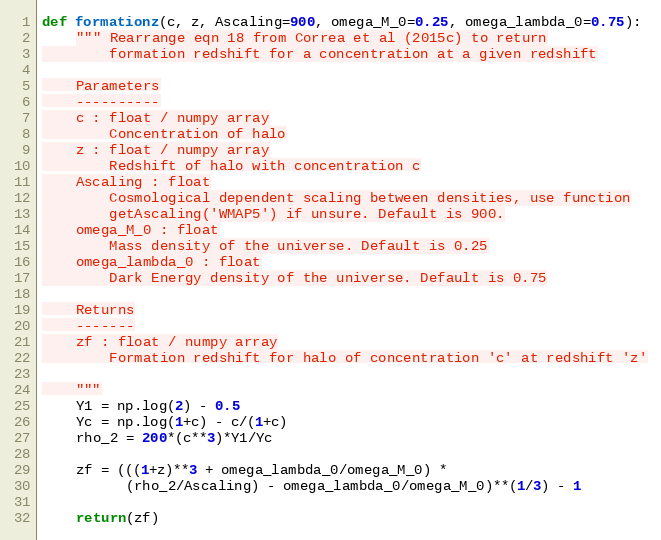
Language: Python
def formationz(c, z, Ascaling=900, omega_M_0=0.25, omega_lambda_0=0.75):
    """ Rearrange eqn 18 from Correa et al (2015c) to return
        formation redshift for a concentration at a given redshift

    Parameters
    ----------
    c : float / numpy array
        Concentration of halo
    z : float / numpy array
        Redshift of halo with concentration c
    Ascaling : float
        Cosmological dependent scaling between densities, use function
        getAscaling('WMAP5') if unsure. Default is 900.
    omega_M_0 : float
        Mass density of the universe. Default is 0.25
    omega_lambda_0 : float
        Dark Energy density of the universe. Default is 0.75

    Returns
    -------
    zf : float / numpy array
        Formation redshift for halo of concentration 'c' at redshift 'z'

    """
    Y1 = np.log(2) - 0.5
    Yc = np.log(1+c) - c/(1+c)
    rho_2 = 200*(c**3)*Y1/Yc

    zf = (((1+z)**3 + omega_lambda_0/omega_M_0) *
          (rho_2/Ascaling) - omega_lambda_0/omega_M_0)**(1/3) - 1

    return(zf)